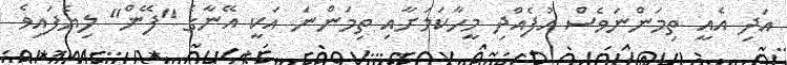
އަދި އެއީ ތިމަންނަވެސް އުފެއްދި މީހާކަމަށާއި ތިމަންނަ އަކީ އޭނާގެ "ފޭން" ލިޔެފައިވެ